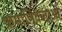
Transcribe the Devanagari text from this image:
प्रामाणिकताओं